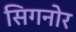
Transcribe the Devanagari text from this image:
सिगनोर